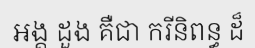
អង្គ ដួង គឺជា ករីនិពន្ធ ដ៏